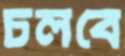
চলবে